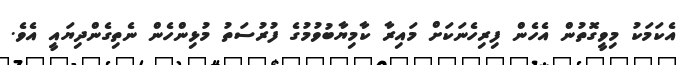
އެކަމަކު މިވީގޮތުން އެހެން ފިރިހެނަކަށް މައިރާ ކާމިޔާބުވުމުގެ ފުރުސަތު މުޅިންހެން ނެތިގެންދިޔައީ އެވެ.